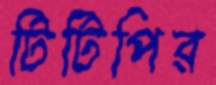
টিটিপির